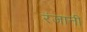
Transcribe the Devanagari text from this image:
रंजानी